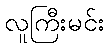
လူကြီးမင်း